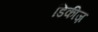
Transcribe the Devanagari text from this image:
डिकीज़